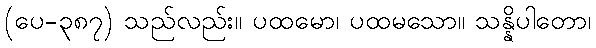
(ပေ-၃၈၇) သည်လည်း။ ပထမော၊ ပထမသော။ သန္နိပါတော၊